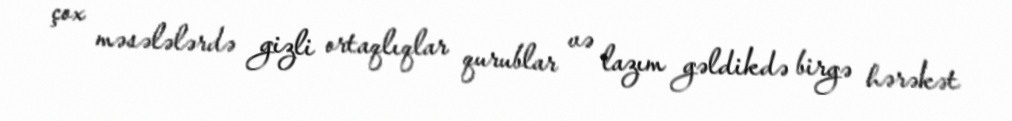
çox məsələlərdə gizli ortaqlıqlar qurublar və lazım gəldikdə birgə hərəkət